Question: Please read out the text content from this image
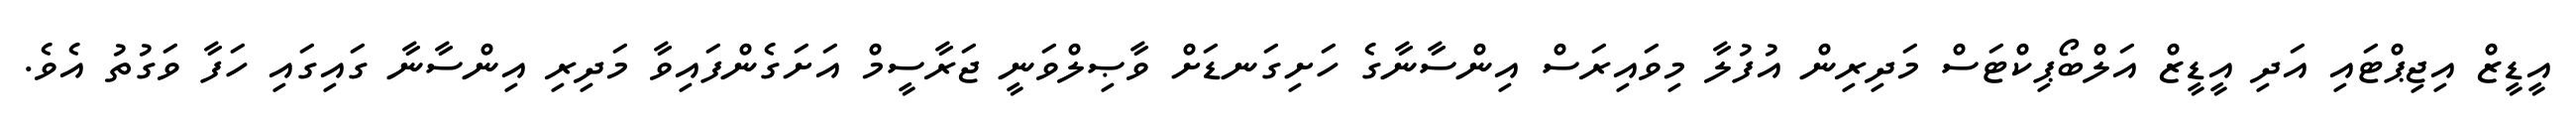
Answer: އީޑީޒް އިޖިޕްޓައި އަދި އީޑީޒް އަލްބޯޕިކްޓަސް މަދިރިން އުފުލާ މިވައިރަސް އިންސާނާގެ ހަށިގަނޑަށް ވާޞިލްވަނީ ޖަރާސީމް އަށަގެންފައިވާ މަދިރި އިންސާނާ ގައިގައި ހަފާ ވަގުތު އެވެ.